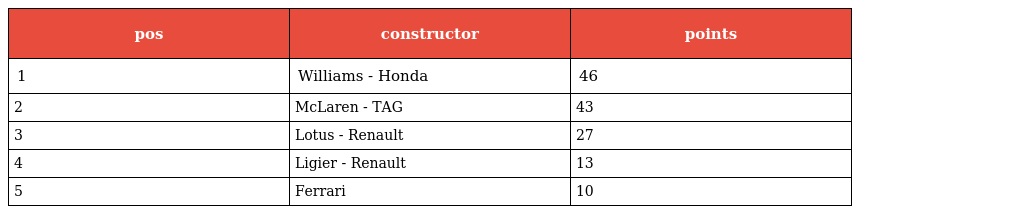
| pos | constructor | points |
 | --- | --- | --- |
 | 1 | Williams - Honda | 46 |
 | 2 | McLaren - TAG | 43 |
 | 3 | Lotus - Renault | 27 |
 | 4 | Ligier - Renault | 13 |
 | 5 | Ferrari | 10 |